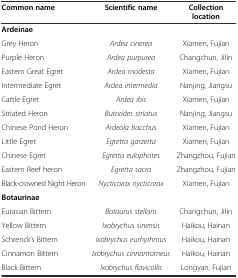
| Common name | Scientific name | Collection location |
 | --- | --- | --- |
 | Ardeinae |  |  |
 | Grey Heron | Ardea cinerea | Xiamen, Fujian |
 | Purple Heron | Ardea purpurea | Changchun, Jilin |
 | Eastern Great Egret | Ardea modesta | Xiamen, Fujian |
 | Intermediate Egret | Ardea intermedia | Nanjing, Jiangsu |
 | Cattle Egret | Ardea ibis | Xiamen, Fujian |
 | Striated Heron | Butorides striatus | Nanjing, Jiangsu |
 | Chinese Pond Heron | Ardeola bacchus | Xiamen, Fujian |
 | Little Egret | Egretta garzetta | Xiamen, Fujian |
 | Chinese Egret | Egretta eulophotes | Zhangzhou, Fujian |
 | Eastern Reef heron | Egretta sacra | Zhangzhou, Fujian |
 | Black-crowned Night Heron | Nycticorax nycticorax | Xiamen, Fujian |
 | Botaurinae |  |  |
 | Eurasian Bittern | Botaurus stellaris | Changchun, Jilin |
 | Yellow Bittern | Ixobrychus sinensis | Haikou, Hainan |
 | Schrenck’s Bittern | Ixobrychus eurhythmus | Haikou, Hainan |
 | Cinnamon Bittern | Ixobrychus cinnamomeus | Haikou, Hainan |
 | Black Bittern | Ixobrychus flavicollis | Longyan, Fujian |